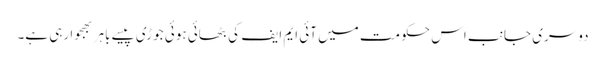
دوسری جانب اس حکومت میں آئی ایم ایف کی بٹھائی ہوئی جوڑی پیسے باہر بھجوا رہی ہے۔